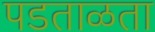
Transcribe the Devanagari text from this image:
पडताळता